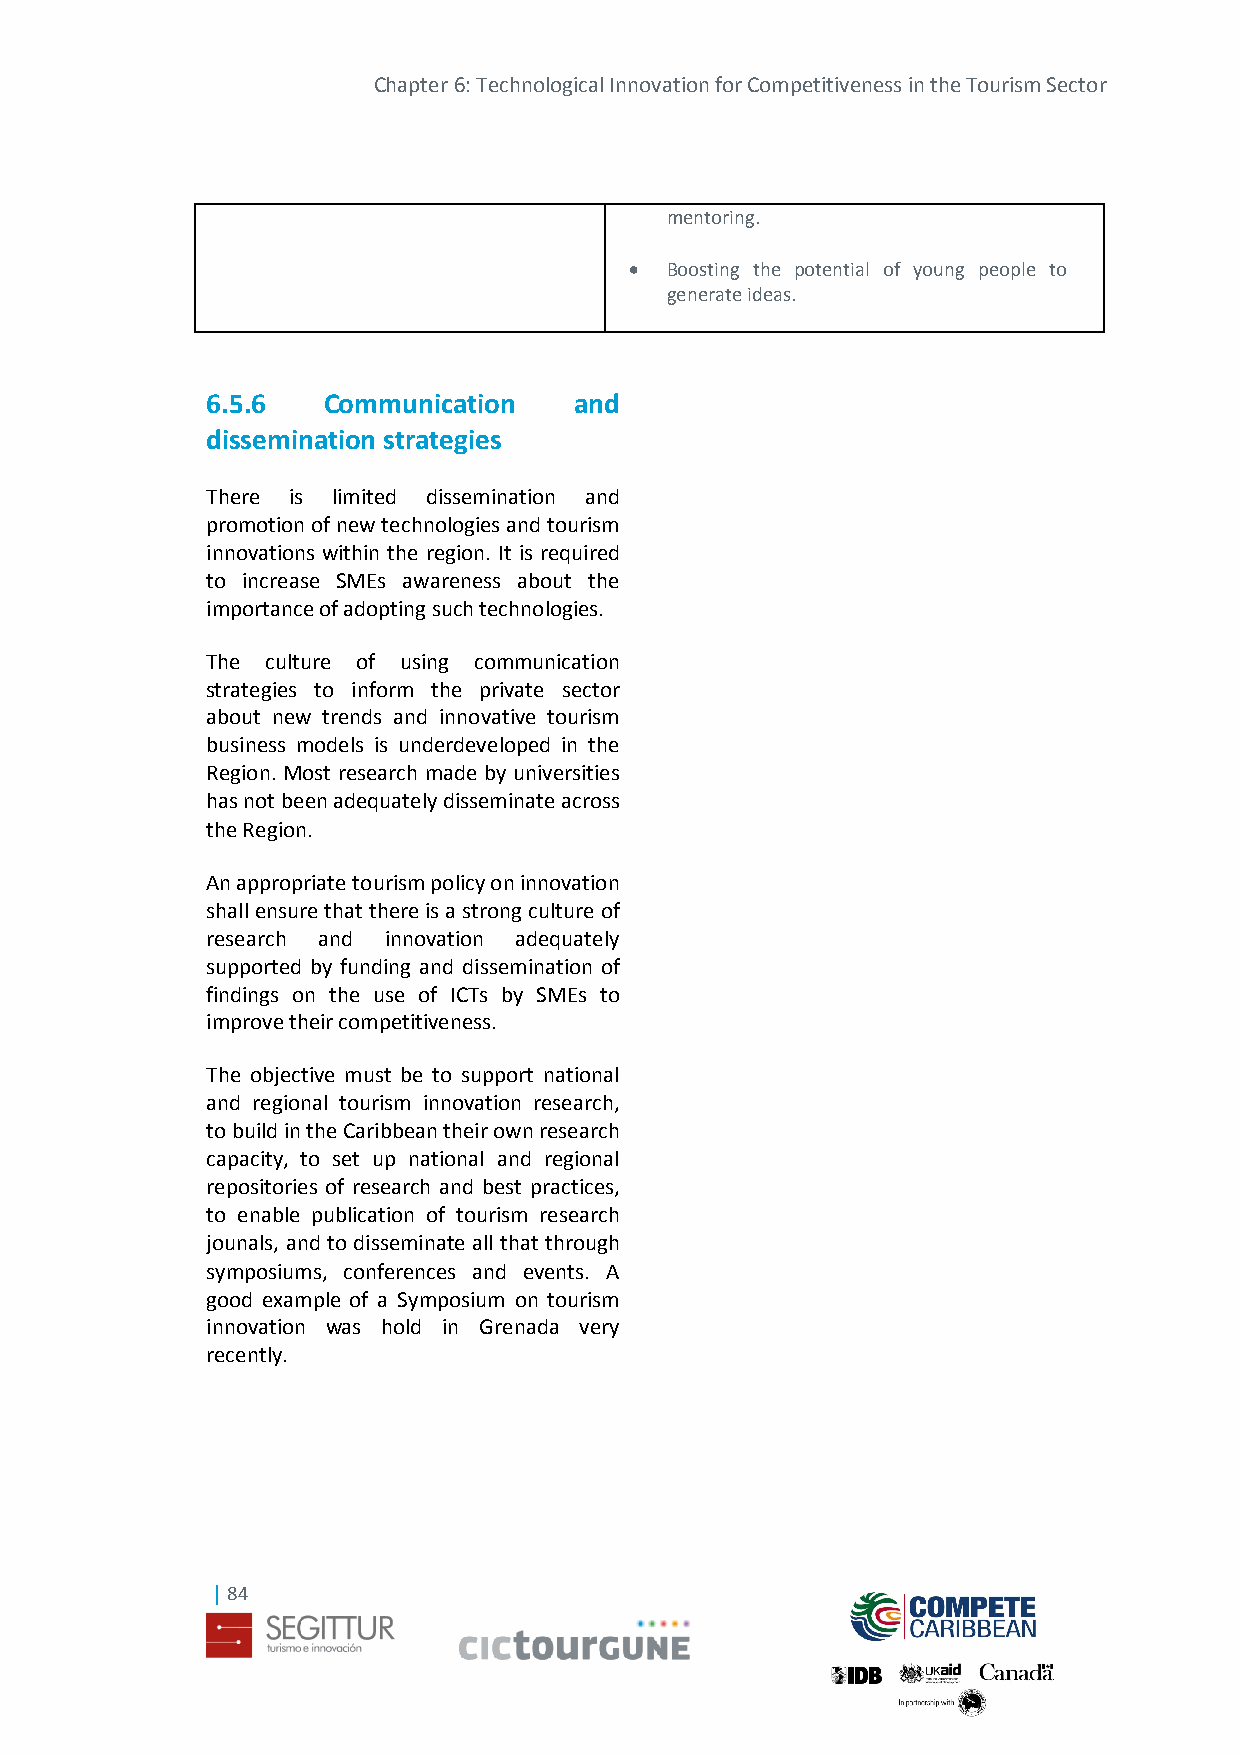
Chapter 6: Technological Innovation for Competitiveness in the Tourism Sector
 mentoring.
  Boosting the potential of young people to
 generate ideas.
 6.5.6  Communication    and
 dissemination strategies
 There is limited dissemination and
 promotion of new technologies and tourism
 innovations within the region. It is required
 to increase SMEs awareness about the
 importance of adopting such technologies.
 The culture of using communication
 strategies to inform the private sector
 about new trends and innovative tourism
 business models is underdeveloped in the
 Region. Most research made by universities
 has not been adequately disseminate across
 the Region.
 An appropriate tourism policy on innovation
 shall ensure that there is a strong culture of
 research and innovation adequately
 supported by funding and dissemination of
 findings on the use of ICTs by SMEs to
 improve their competitiveness.
 The objective must be to support national
 and regional tourism innovation research,
 to build in the Caribbean their own research
 capacity, to set up national and regional
 repositories of research and best practices,
 to enable publication of tourism research
 jounals, and to disseminate all that through
 symposiums, conferences and events. A
 good example of a Symposium on tourism
 innovation was hold in Grenada very
 recently.
 | 84